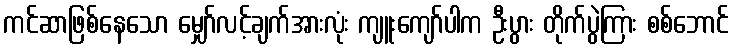
ကင်ဆာဖြစ်နေသော မျှော်လင့်ချက်အားလုံး ကျူးကျော်ပါက ဦးပွား တိုက်ပွဲကြား စစ်ဘောင်